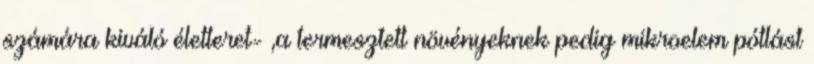
számára kiváló életteret- ,a termesztett növényeknek pedig mikroelem pótlást